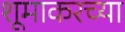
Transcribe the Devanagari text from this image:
शूमाकरच्या